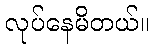
လုပ်နေမိတယ်။